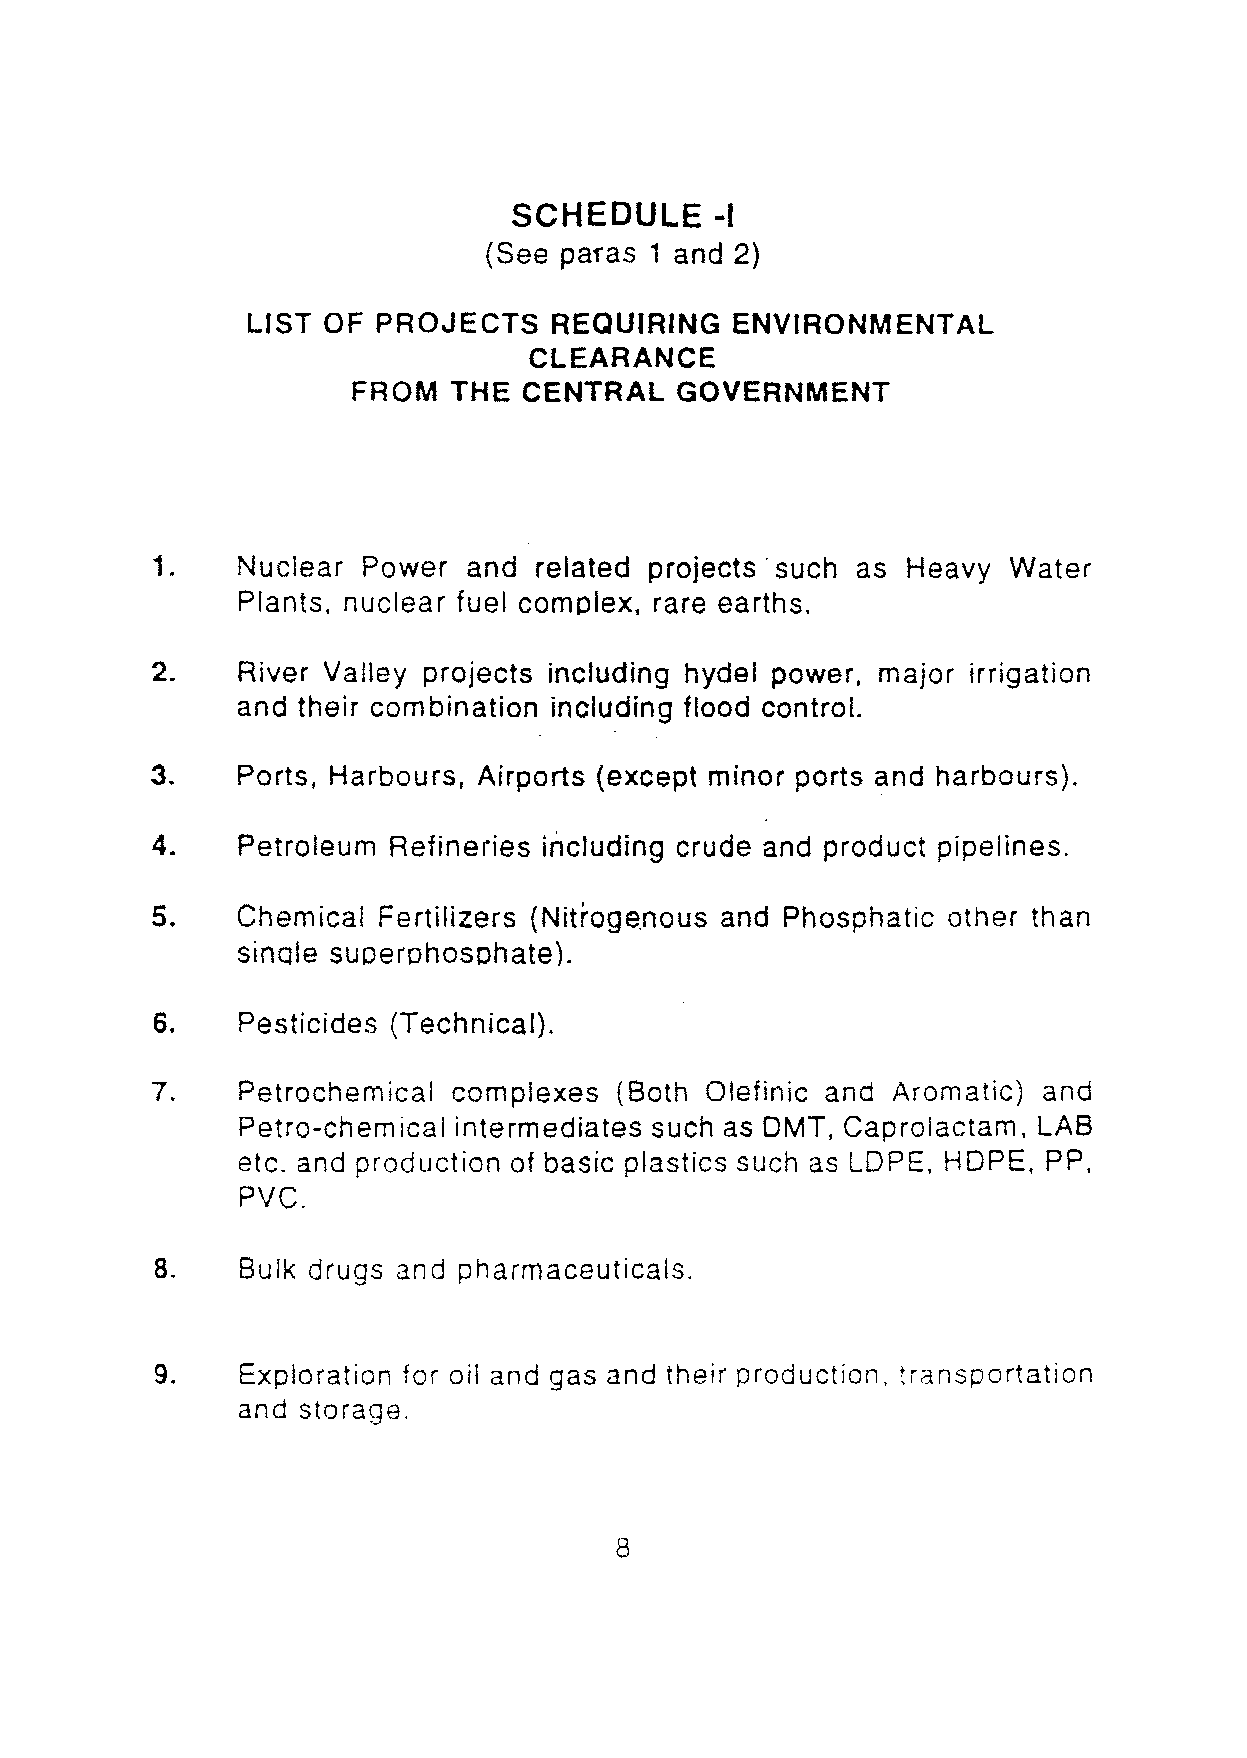
SCHEDULE     -I
 (See paras 1 and 2)
 LIST OF  PROJECTS   REQUIRING   ENVIRONMENTAL
 CLEARANCE
 FROM   THE  CENTRAL   GOVERNMENT
 1.    Nuclear Power  and related projects' such as Heavy Water
 Plants, nuclear fuel complex, rare earths.
 2.    River Valley projects includinq hydel power, major irrigation
 and their combination including flood control.
 3.    Ports, Harbours, Airports (except minor ports and harbours).
 4.    Petroleum Refineries including crude and product pipelines.
 5.    Chemical Fertilizers (Nitroqenous and Phosphatic other than
 sinole superphosphate).
 6.    Pesticides (Technical).
 7.    Petrochemical complexes  (Both Olefinic and Aromatic) and
 Petro-chemical intermediates such as DMT, Caprolactam, LAB
 etc. and production of basic plastics such as LOPE, HOPE. PP,
 PVC.
 8.    Bulk drugs and pharmaceuticals.
 9.    Exploration for oil and gas and their production, transportation
 and storage.
 8